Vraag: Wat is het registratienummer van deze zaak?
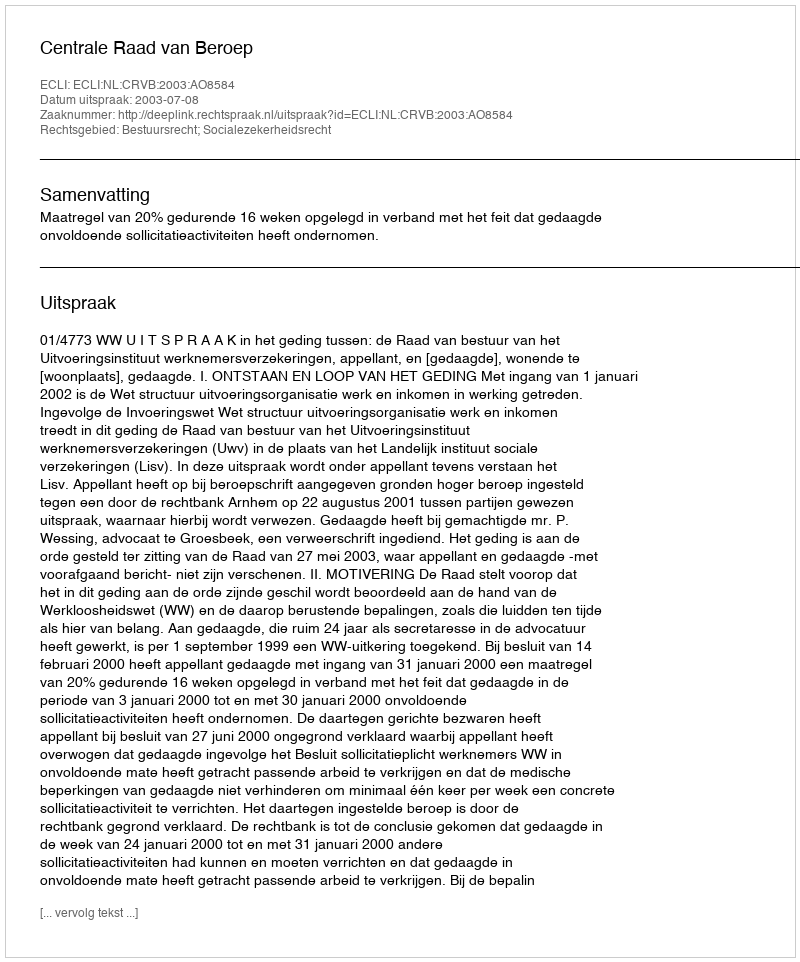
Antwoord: http://deeplink.rechtspraak.nl/uitspraak?id=ECLI:NL:CRVB:2003:AO8584